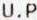
U.P